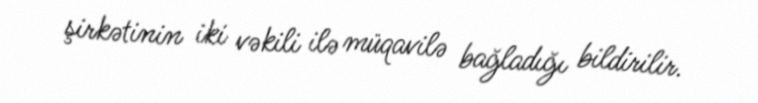
şirkətinin iki vəkili ilə müqavilə bağladığı bildirilir.